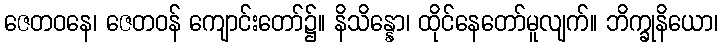
ဇေတဝနေ၊ ဇေတဝန် ကျောင်းတော်၌။ နိသိန္နော၊ ထိုင်နေတော်မူလျက်။ ဘိက္ခုနိယော၊